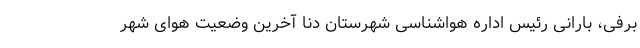
برفی، بارانی رئیس اداره هواشناسی شهرستان دنا آخرین وضعیت هوای شهر